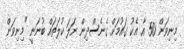
މިނިވަން 50 އާ އެކު ގައުމަށް ގެނެސްދިން ނަލަ ކުލަތައް ބުނަނީ "މިނިވަން